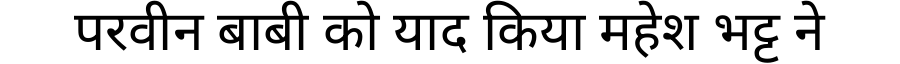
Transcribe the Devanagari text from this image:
परवीन बाबी को याद किया महेश भट्ट ने